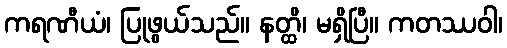
ကရဏီယံ၊ ပြုဖွယ်သည်။ နတ္ထိ၊ မရှိပြီ။ ကတဿဝါ၊